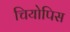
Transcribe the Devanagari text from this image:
चियोपिस